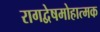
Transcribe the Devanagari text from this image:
रागद्वेषमोहात्मक